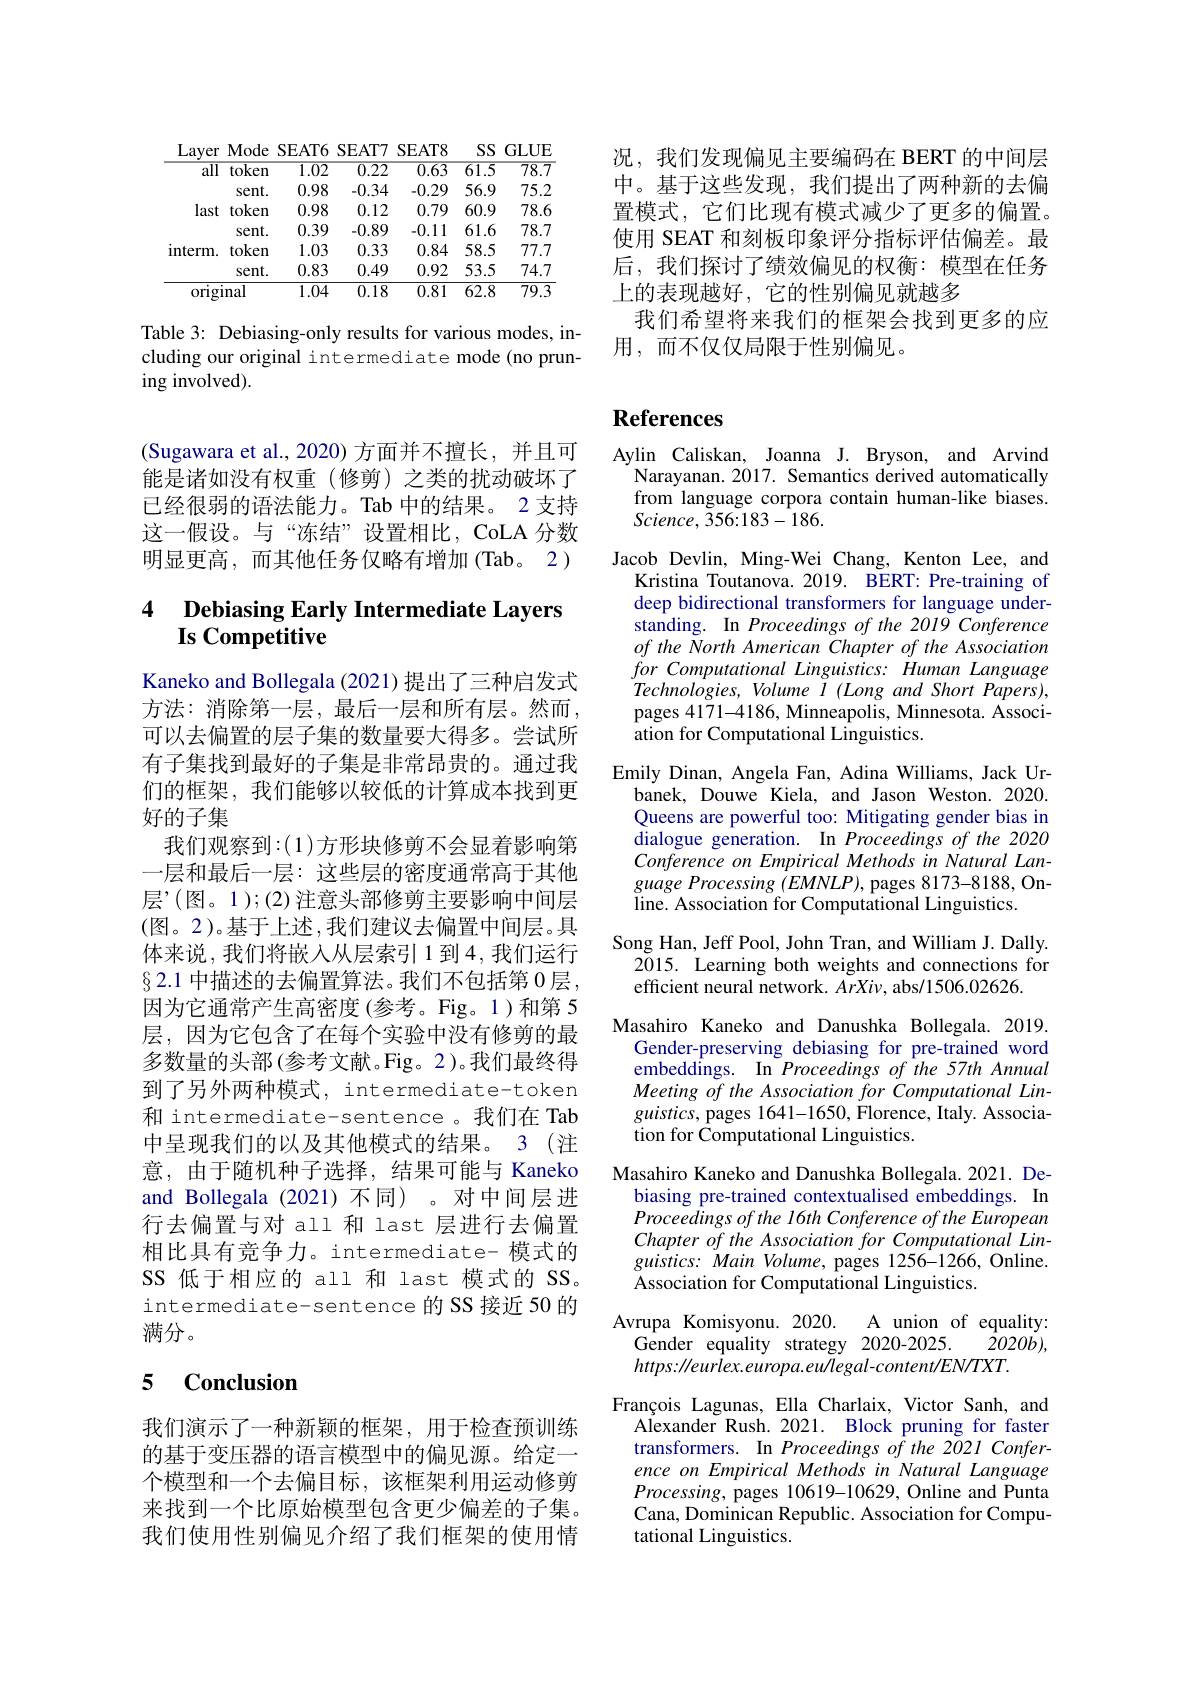
<table>
	<tbody>
		<tr>
			<th>$\overline{\mathrm{all}}$ token</th>
			<th>$\overline{1.02}$</th>
			<th>$\overline{1.02}$</th>
			<th>$\overline{0.22}$</th>
			<th>$\overline{0.63}$</th>
			<th>$\overline{61.5}$</th>
			<th>$\overline{78.7}$</th>
		</tr>
		<tr>
			<td>$sent.$</td>
			<td>0.98</td>
			<td>0.98</td>
			<td>-0.34</td>
			<td>-0.29</td>
			<td>56.9</td>
			<td>75.2</td>
		</tr>
		<tr>
			<td>last token</td>
			<td>0.98</td>
			<td>0.98</td>
			<td>0.12</td>
			<td>0.79</td>
			<td>60.9</td>
			<td>78.6</td>
		</tr>
		<tr>
			<td>$sent.$</td>
			<td>0.39</td>
			<td>0.39</td>
			<td>-0.89</td>
			<td>-0.11</td>
			<td>61.6</td>
			<td>78.7</td>
		</tr>
		<tr>
			<td>interm. token</td>
			<td>1.03</td>
			<td>1.03</td>
			<td>0.33</td>
			<td>0.84</td>
			<td>58.5</td>
			<td>77.7</td>
		</tr>
		<tr>
			<td>$sent.$</td>
			<td>0.83</td>
			<td>0.83</td>
			<td>0.49</td>
			<td>0.92</td>
			<td>53.5</td>
			<td>74.7</td>
		</tr>
		<tr>
			<td>original</td>
			<td>1.04</td>
			<td>1.04</td>
			<td>0.18</td>
			<td>0.81</td>
			<td>$\overline{62.8}$</td>
			<td>$\overline{79.3}$</td>
		</tr>
	</tbody>
</table>

Table 3: Debiasing-only results for various modes, including our original intermediate mode (no pruning involved).

况，我们发现偏见主要编码在 BERT 的中间层中。基于这些发现，我们提出了两种新的去偏置模式，它们比现有模式减少了更多的偏置。使用 SEAT 和刻板印象评分指标评估偏差。最后，我们探讨了绩效偏见的权衡：模型在任务上的表现越好，它的性别偏见就越多
我们希望将来我们的框架会找到更多的应
用，而不仅仅局限于性别偏见。

(Sugawara et al.,2020) 方面并不擅长，并且可能是诸如没有权重(修剪)之类的扰动破坏了已经很弱的语法能力。Tab 中的结果。2 支持这一假设。与“冻结”设置相比，CoLA 分数明显更高，而其他任务仅略有增加(Tab。2)

# 4 Debiasing Early Intermediate Layers $\textbf{Is Competitive}$

Kaneko and Bollegala (2021) 提出了三种启发式方法：消除第一层，最后一层和所有层。然而， 可以去偏置的层子集的数量要大得多。尝试所有子集找到最好的子集是非常昂贵的。通过我们的框架，我们能够以较低的计算成本找到更好的子集
我们观察到：(1)方形块修剪不会显着影响第一层和最后一层：这些层的密度通常高于其他层”(图。1);(2)注意头部修剪主要影响中间层(图。2)。基于上述，我们建议去偏置中间层。具体来说，我们将嵌入从层索引1到4，我们运行$\S2.1$ 中描述的去偏置算法。我们不包括第 0层， 因为它通常产生高密度(参考。Fig。1)和第 5层，因为它包含了在每个实验中没有修剪的最多数量的头部$\left(\text{参考文献。Fig。2)。我们最终得}\right)$ 到了另外两种模式，intermediate-token 和 intermediate-sentence。我们在 Tab 中呈现我们的以及其他模式的结果。3 (注意，由于随机种子选择，结果可能与 Kaneko and Bollegala (2021) 不同) 。对中间层进行去偏置与对 all 和 last 层进行去偏置相比具有竞争力。intermediate- 模式的SS 低于相应的 all 和 last 模式的 SS。intermediate-sentence 的 SS 接近 50 的满分。

### 5 $\mathbf{Conclusion}$

我们演示了一种新颖的框架，用于检查预训练的基于变压器的语言模型中的偏见源。给定一个模型和一个去偏目标，该框架利用运动修剪来找到一个比原始模型包含更少偏差的子集。我们使用性别偏见介绍了我们框架的使用情

# References

Aylin Caliskan, Joanna J. Bryson, and Arvind
Narayanan. 2017. Semantics derived automatically from language corpora contain human-like biases. $Science,356:183-186.$

Jacob Devlin, Ming-Wei Chang, Kenton Lee, and
Kristina Toutanova. 2019. BERT: Pre-training of deep bidirectional transformers for language understanding. In Proceedings of the 2019 Conference of the North American Chapter of the Association for Computational Linguistics: Human Language Technologies, Volume I (Long and Short Papers), pages 4171-4186, Minneapolis, Minnesota. Association for Computational Linguistics.
Emily Dinan, Angela Fan, Adina Williams, Jack Ur-
banek, Douwe Kiela, and Jason Weston. 2020. Queens are powerful too: Mitigating gender bias in dialogue generation. In Proceedings of the 2020 Conference on Empirical Methods in Natural Lan- $guage\textit{ Processing }( EMNLP) $, pages 8173-8188, Online. Association for Computational Linguistics.
Song Han, Jeff Pool, John Tran, and William J. Dally.
2015. Learning both weights and connections for
efficient neural network. $ArXi\nu$, abs/1506.02626.
Masahiro Kaneko and Danushka Bollegala. 2019.
Gender-preserving debiasing for pre-trained word embeddings. In Proceedings of the 57th Annual Meeting of the Association for Computational Lin- $guistics$, pages 1641-1650, Florence, Italy. Association for Computational Linguistics.
Masahiro Kaneko and Danushka Bollegala. 2021. De-
biasing pre-trained contextualised embeddings. In Proceedings of the 16th Conference of the European Chapter of the Association for Computational Lin- $guistics:MainVolume,pages1256-1266$,Online. Association for Computational Linguistics.
Avrupa Komisyonu. 2020.
A union of equality:
Gender equality strategy 2020-2025.
$\bar{2}020b)$,
$https://eurlex.europa.ew/legal-content/EN/TXT.$
François Lagunas, Ella Charlaix, Victor Sanh, and
Alexander Rush. 2021. Block pruning for faster transformers. In Proceedings of the 2021 Conference on Empirical Methods in Natural Language Processing, pages 10619-10629, Online and Punta Cana, Dominican Republic. Association for Computational Linguistics.